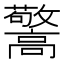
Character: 𱅽